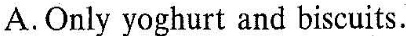
A.Only yoghurt and biscuits.